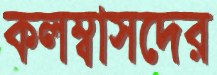
কলম্বাসদের